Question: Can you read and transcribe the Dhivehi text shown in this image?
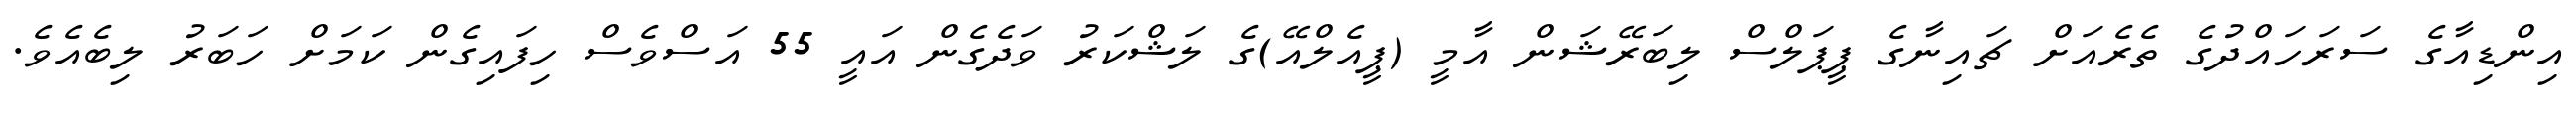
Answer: އިންޑިއާގެ ސަރަހައްދުގެ ތެރެއަށް ޗައިނާގެ ޕީޕަލްސް ލިބަރޭޝަން އާމީ (ޕީއެލްއޭ)ގެ ލަޝްކަރު ވަދެގެން އައީ 55 އަސްވެސް ހިފައިގެން ކަމަށް ހަބަރު ލިބެއެވެ.